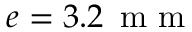
e = 3 . 2 \, \textrm { m m }